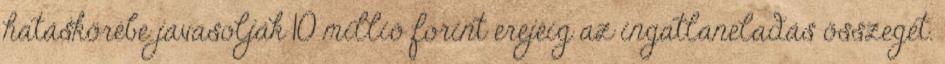
hatáskörébe javasolják 10 millió forint erejéig az ingatlaneladás összegét.